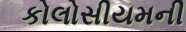
કોલોસીયમની